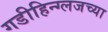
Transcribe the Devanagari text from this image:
गडीहिन्ग्लजच्या